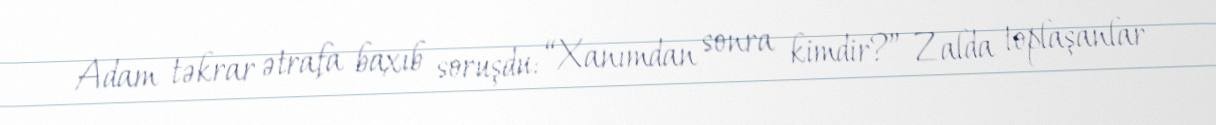
Adam təkrar ətrafa baxıb soruşdu: “Xanımdan sonra kimdir?” Zalda toplaşanlar